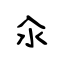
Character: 汆